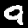
Label: 9